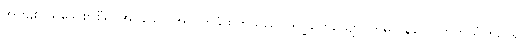
အကျိုးငှာရိုသေစွာစီရင်အပ်သော အလှူကိုခံထိုက်သည်။ ဒက္ခိဏေယျော၊ တမလွန်လောကကိုယုံကြည်၍